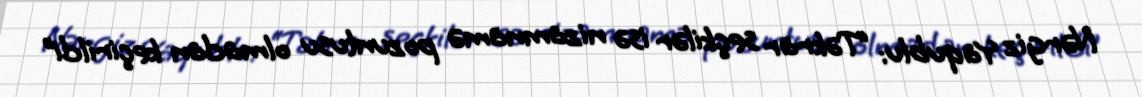
Nərgiz Yaqublu: “Təkrar seçkilər isə nizamnamə pozuntusu olmadan keçirildi”